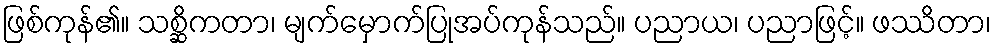
ဖြစ်ကုန်၏။ သစ္ဆိကတာ၊ မျက်မှောက်ပြုအပ်ကုန်သည်။ ပညာယ၊ ပညာဖြင့်။ ဖဿိတာ၊